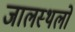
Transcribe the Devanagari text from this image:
जालस्थलो